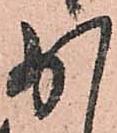
少